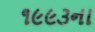
૧૯૯૩ના